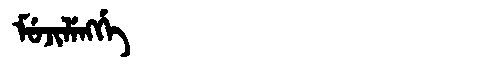
Manchu: ᠮᡠᠵᡳᠯᡝᠩᡤᡝ
Romanization: MUJILENGGE